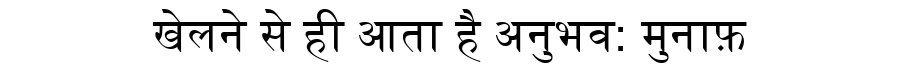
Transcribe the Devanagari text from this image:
खेलने से ही आता है अनुभव: मुनाफ़